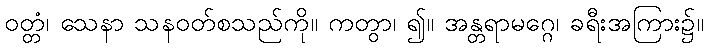
ဝတ္တံ၊ သေနာ သနဝတ်စသည်ကို။ ကတွာ၊ ၍။ အန္တရာမဂ္ဂေ၊ ခရီးအကြား၌။